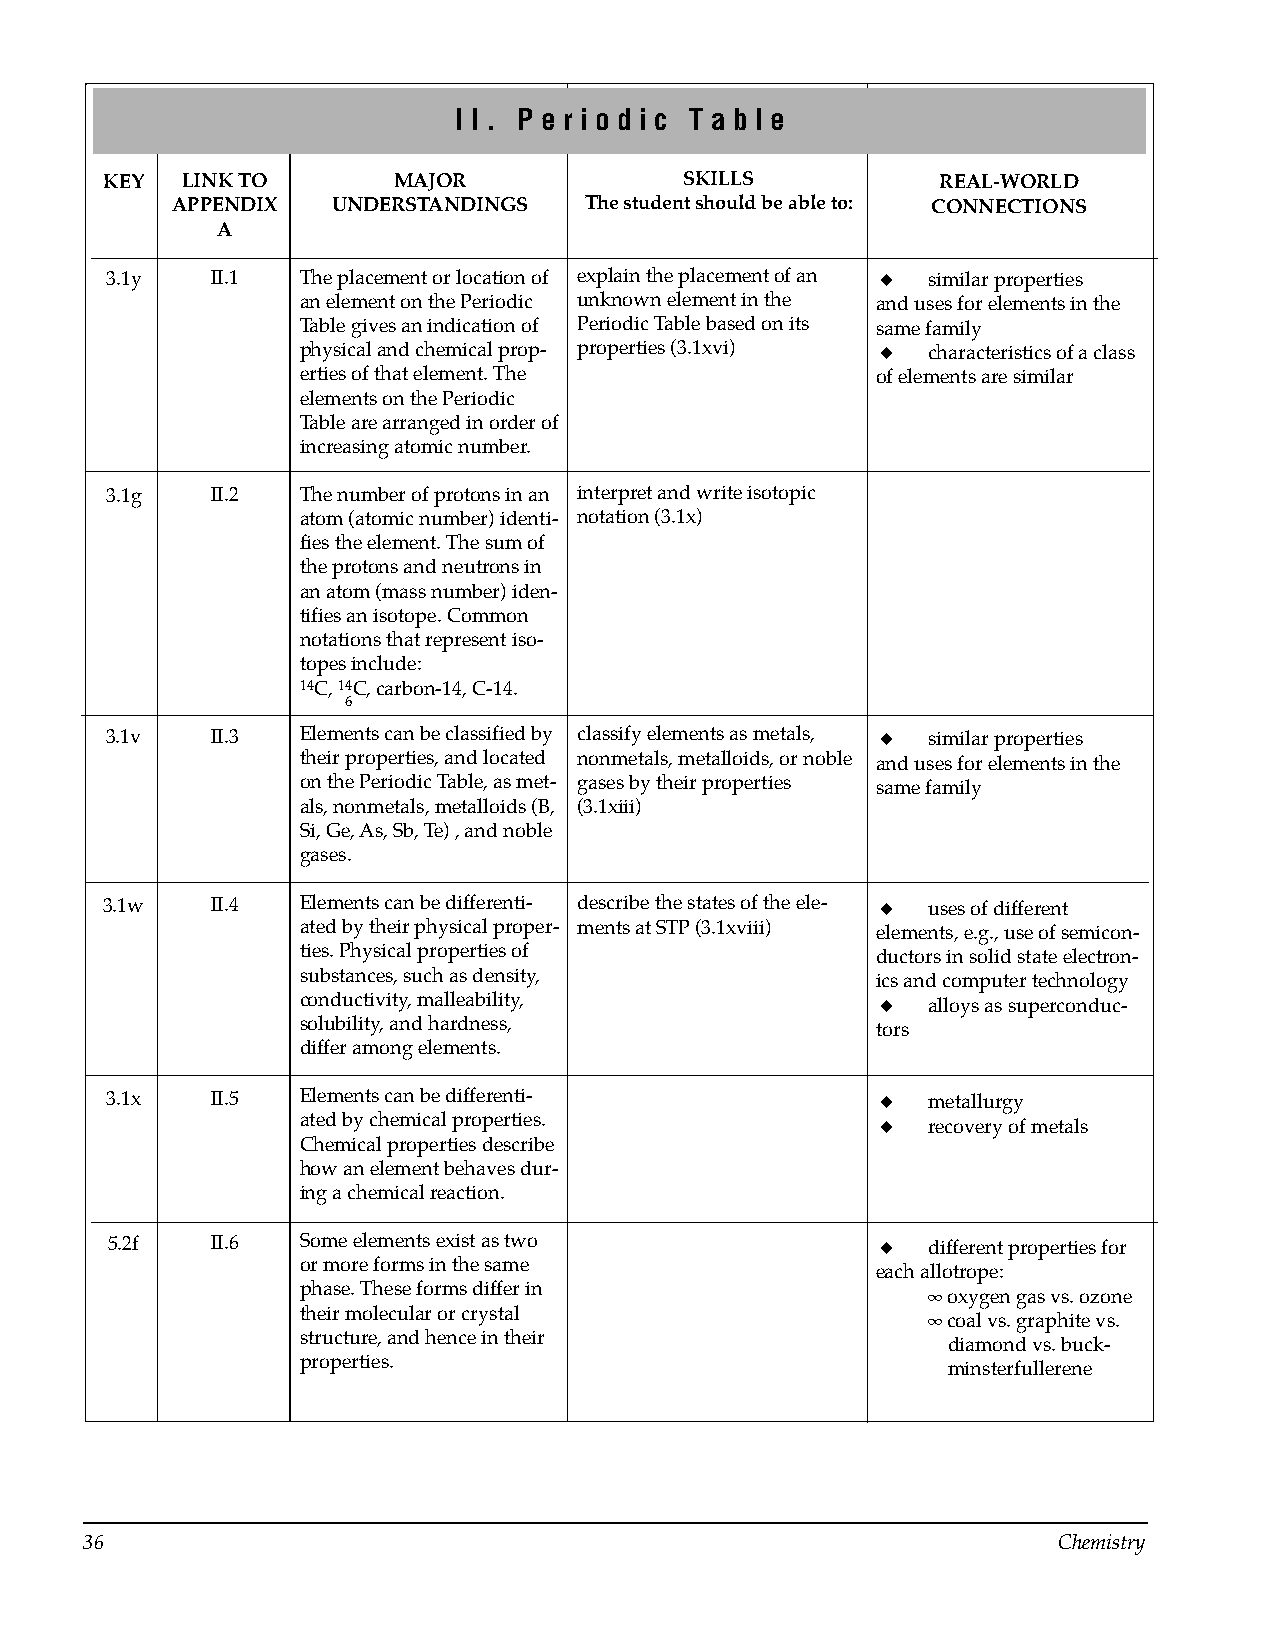
I I . P e r i o d i c T a b l e
 KEY  LINK TO       MAJOR              SKILLS           REAL-WORLD
 APPENDIX   UNDERSTANDINGS   The student should be able to: CONNECTIONS
 A
 3.1y   II.1  The placement or location of explain the placement of an ◆ similar properties
 an element on the Periodic unknown element in the and uses for elements in the
 Table gives an indication of Periodic Table based on its same family
 physical and chemical prop­ properties (3.1xvi) ◆ characteristics of a class
 erties of that element. The           of elements are similar
 elements on the Periodic
 Table are arranged in order of
 increasing atomic number.
 3.1g   II.2  The number of protons in an interpret and write isotopic
 atom (atomic number) identi­ notation (3.1x)
 fies the element. The sum of
 the protons and neutrons in
 an atom (mass number) iden­
 tifies an isotope. Common
 notations that represent iso­
 topes include:
 14C, 14C, carbon-14, C-14.
 6
 3.1v   II.3  Elements can be classified by classify elements as metals, ◆ similar properties
 their properties, and located nonmetals, metalloids, or noble and uses for elements in the
 on the Periodic Table, as met- gases by their properties same family
 als, nonmetals, metalloids (B, (3.1xiii)
 Si, Ge, As, Sb, Te) , and noble
 gases.
 3.1w   II.4  Elements can be differenti­ describe the states of the ele­ ◆ uses of different
 ated by their physical proper­ ments at STP (3.1xviii) elements, e.g., use of semicon­
 ties. Physical properties of          ductors in solid state electron­
 substances, such as density,          ics and computer technology
 conductivity, malleability,           ◆  alloys as superconduc­
 solubility, and hardness,             tors
 differ among elements.
 3.1x   II.5  Elements can be differenti­           ◆  metallurgy
 ated by chemical properties.          ◆  recovery of metals
 Chemical properties describe
 how an element behaves dur­
 ing a chemical reaction.
 5.2f   II.6  Some elements exist as two            ◆  different properties for
 or more forms in the same
 each allotrope:
 phase. These forms differ in
 ∞ oxygen gas vs. ozone
 their molecular or crystal
 ∞ coal vs. graphite vs.
 structure, and hence in their
 diamond vs. buck­
 properties.
 minsterfullerene
 36                                                              Chemistry